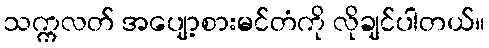
သက္ကလတ် အပျော့စားမင်တံကို လိုချင်ပါတယ်။